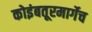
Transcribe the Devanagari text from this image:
कोइंबतूरमार्गेच